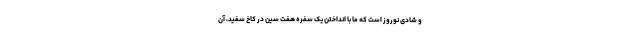
و شادی نوروز است که ما با انداختن یک سفره هفت سین در کاخ سفید، آن